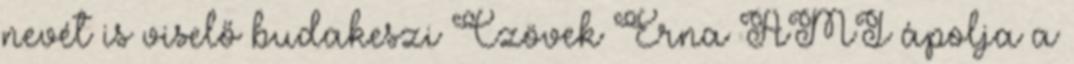
nevét is viselő budakeszi Czövek Erna AMI ápolja a